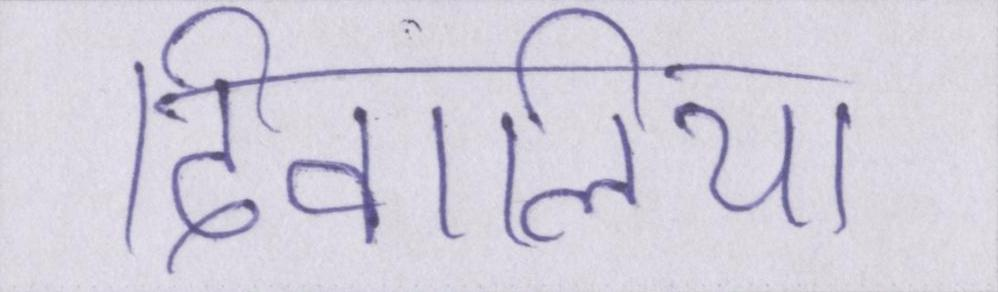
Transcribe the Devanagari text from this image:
दिवालिया